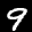
Label: 9